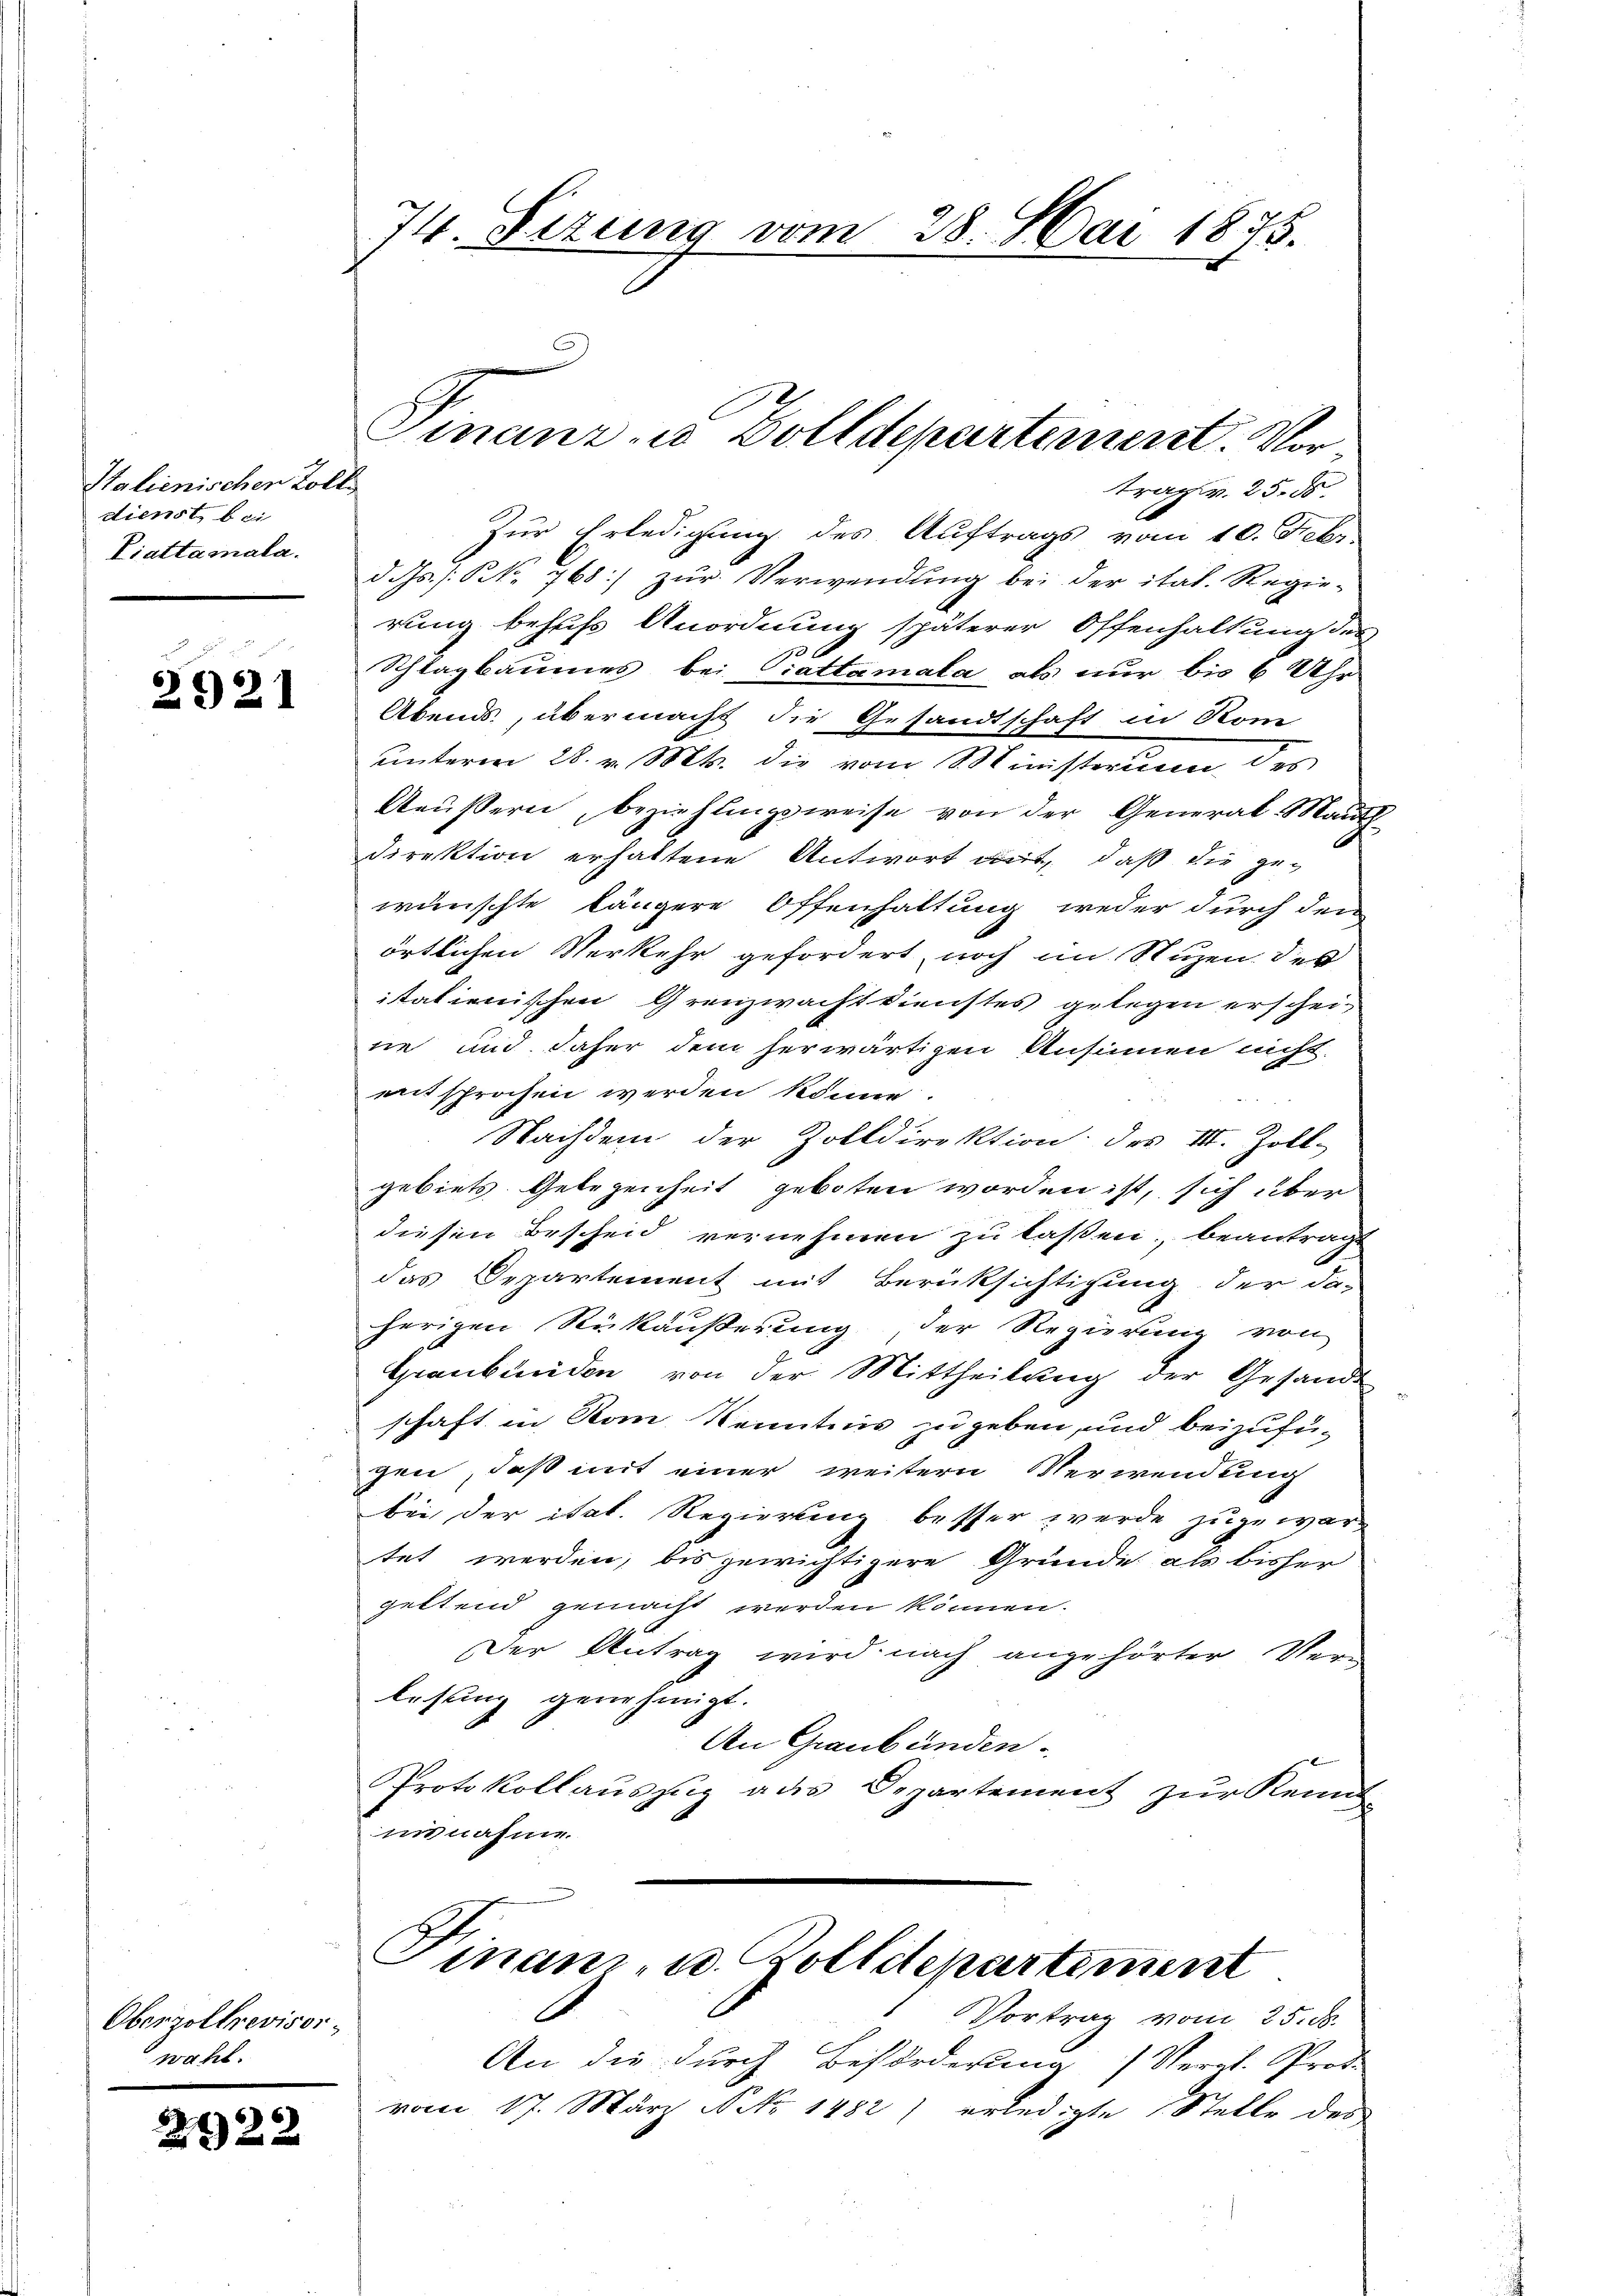
Halienischer Zoll
dienst, bei
Piattamala.

2921

Oberzollrevisorwahl.

2922

74. Sizung vom 28. Mai 1875.

trag v. 25. ds.
Zur Erledigung des Auftrags vom 10. Febr
d. Js. / NNo. 768) zŭr Verwendung bei der ital. Regie-
rung behufs Anordnung späterer Offenhaltung des
Schlagbaumes, bei Ciattamata als nur bis 6 Uhr
Abends, übermacht die Gesandtschaft in Nom
unterm 28. v. Mts. die vom Ministerum des
Aeußern, beziehlingsweise von der General-Mauth
Direktion erhaltene Antwort auf, daß die gewünschte längere Offenhaltung weder durch den
örtlichen Verkehr gefordert, noch im Stuzen des
istationischen Grenzwacht dienstes gelegen erscheine und daher dem herwärtigen Unsinnen nicht.
entsprochen werden könne.
Nachdem der Zolldirektion des III. Zoll-
gebiets. Gelegenheit geboten worden ist, sich über
diesen Bescheid vernehmen zu laßen, beantrage
das Departement mit Berücksichtigung der da-
herigen Rükäußerung, der Regierung von
Graubünden von der Mittheilung der Gesandt
schaft in Rom Kenntnis zugeben, und beizufügen, daß mit einer weitern Verwendung
bei der ital. Regierung besser werde zuzuwartet werden, bis gewichtigere Gründe als bisher
gettend gemacht werden können.
Der Antrag wird nach angehörter Ver-
lesung genehmigt.
An Graubünden.
Protokollauszug aus Departement zur Kenntinnahme.

Finanze Zolldepartement. Vor

Vortrag vom 25. ds.
An die durch Beförderung (Vergl. Prof.
vom 17. März No 1482) erledigte Stelle des

Finanz- u. Zolldepartement